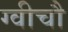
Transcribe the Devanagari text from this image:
ग्वीचौ